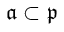
{ \mathfrak { a } } \subset { \mathfrak { p } }